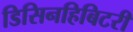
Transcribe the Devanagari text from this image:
डिसिनहिबिटरी